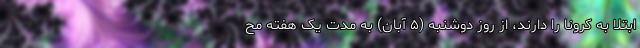
ابتلا به کرونا را دارند، از روز دوشنبه (۵ آبان) به مدت یک هفته مح